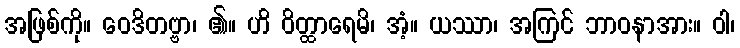
အဖြစ်ကို။ ဝေဒိတဗ္ဗာ၊ ၏။ ဟိ ဝိတ္ထာရေမိ၊ အံ့။ ယဿာ၊ အကြင် ဘာဝနာအား။ ဝါ၊